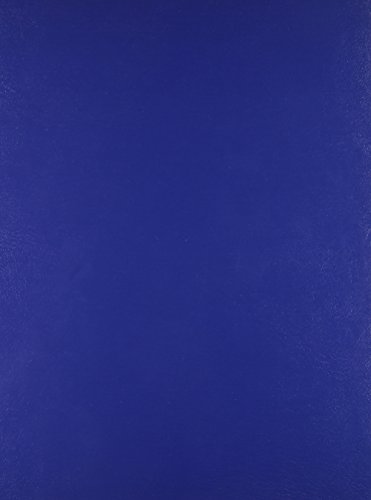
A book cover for Quaestiones Super Libros Metaphysicorum Aristotelis, Books I-V (B. Ioannis Duns Scoti Opera Philosophica) (Works John Duns Scotus) (Latin Edition); John Duns Scotus; Politics & Social Sciences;